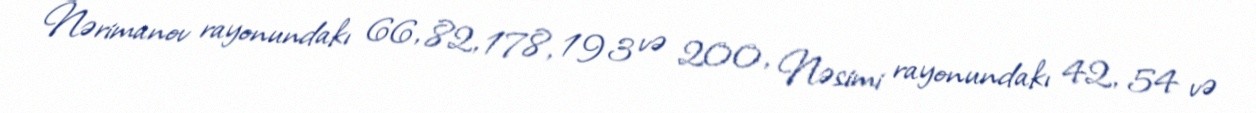
Nərimanov rayonundakı 66, 82, 178, 193 və 200, Nəsimi rayonundakı 42, 54 və